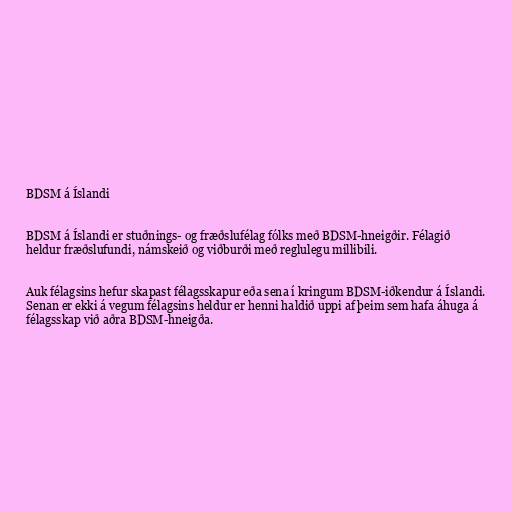
BDSM á Íslandi

BDSM á Íslandi er stuðnings­- og fræðslufélag fólks með BDSM­-hneigðir. Félagið
heldur fræðslufundi, námskeið og viðburði með reglulegu millibili.

Auk félagsins hefur skapast félagsskapur eða sena í kringum BDSM-iðkendur á Íslandi.
Senan er ekki á vegum félagsins heldur er henni haldið uppi af þeim sem hafa áhuga á
félagsskap við aðra BDSM-hneigða.